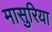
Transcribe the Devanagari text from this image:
मासुरिया